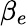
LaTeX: \beta_{e}